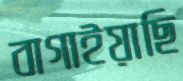
বাগাইয়াছি